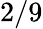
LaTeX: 2/9